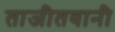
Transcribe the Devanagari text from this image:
ताजीतवानी